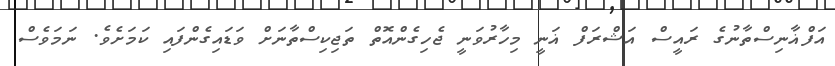
އަފްޣާނިސްތާނުގެ ރައީސް އަޝްރަފް ޣަނީ މިހާރުވަނީ ޖެހިގެންއޮތް ތަޖިކިސްތާނަށް ވަޑައިގެންފައި ކަމަށެވެ. ނަމަވެސް